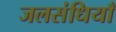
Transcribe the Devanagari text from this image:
जलसंधियाँ